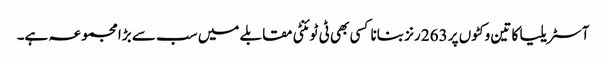
آسٹریلیا کا تین وکٹوں پر 263 رنز بنانا کسی بھی ٹی ٹوئنٹی مقابلے میں سب سے بڑا مجموعہ ہے۔